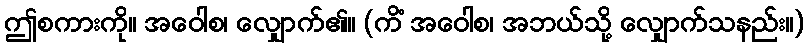
ဤစကားကို။ အဝေါစ၊ လျှောက်၏။ (ကိံ အဝေါစ၊ အဘယ်သို့ လျှောက်သနည်း။)